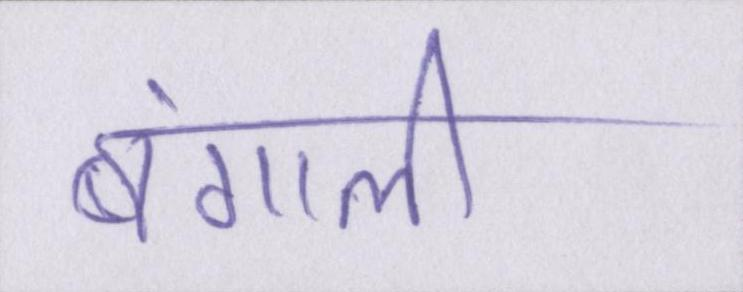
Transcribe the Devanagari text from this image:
बंगाली